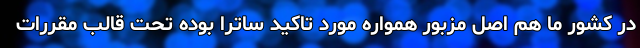
در کشور ما هم اصل مزبور همواره مورد تاکید ساترا بوده تحت قالب مقررات